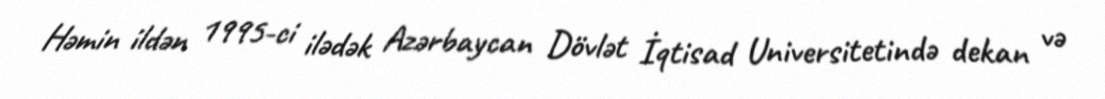
Həmin ildən 1995-ci ilədək Azərbaycan Dövlət İqtisad Universitetində dekan və